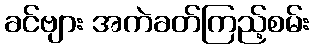
ခင်ဗျား အကဲခတ်ကြည့်စမ်း